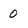
Character: 0